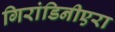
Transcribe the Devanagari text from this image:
गिरांडिनीएरा